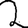
Digit: 2